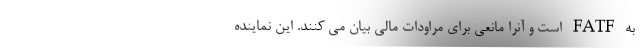
به FATF است و آنرا مانعی برای مراودات مالی بیان می کنند. این نماینده